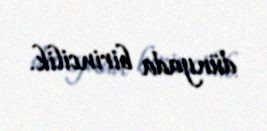
dünyada birincilik.